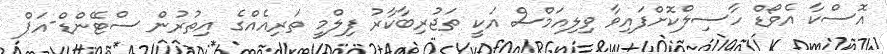
އޮސްކާ އެވޯޑް ހާސިލްކޮށްފައިވާ ވިލިއަމްސް އަކީ ތަޖުރިބާކާރު ފިލްމީ ތަރިއެއްގެ އިތުުރުން ސްޓޭންޑް-އަޕް